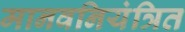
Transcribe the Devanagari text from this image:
मानवनियंत्रित